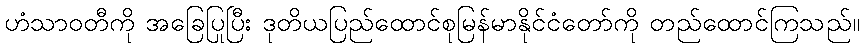
ဟံသာဝတီကို အခြေပြုပြီး ဒုတိယပြည်ထောင်စုမြန်မာနိုင်ငံတော်ကို တည်ထောင်ကြသည်။